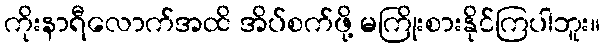
ကိုးနာရီလောက်အထိ အိပ်စက်ဖို့ မကြိုးစားနိုင်ကြပါဘူး။